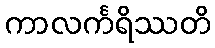
ကာလင်္ကရိဿတိ